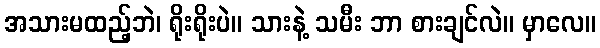
အသားမထည့်ဘဲ၊ ရိုးရိုးပဲ။ သားနဲ့ သမီး ဘာ စားချင်လဲ။ မှာလေ။